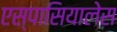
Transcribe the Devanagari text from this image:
एस्पासियालेस